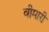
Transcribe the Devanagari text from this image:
वीमारी